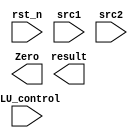
/***************************************************
Student Name:
Student ID: Lab4_release
***************************************************/
   `timescale 1ns/1ps

   module alu(
       input                   rst_n,         // negative reset            (input)
       input        [32-1:0]   src1,          // 32 bits source 1          (input)
       input        [32-1:0]   src2,          // 32 bits source 2          (input)
       input        [ 4-1:0]   ALU_control,   // 4 bits ALU control input  (input)
       output reg   [32-1:0]   result,        // 32 bits result            (output)
       output               Zero          // 1 bit when the output is 0, zero must be set (output)
   );

   /* Write your code HERE */

   endmodule